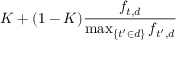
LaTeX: K + ( 1 - K ) { \frac { f _ { t , d } } { \operatorname* { m a x } _ { \{ t ^ { \prime } \in d \} } { f _ { t ^ { \prime } , d } } } }